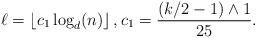
LaTeX: \begin{align*} \ell = \left\lfloor c_1 \log_d(n) \right\rfloor, c_1=\frac{(k/2-1)\wedge 1}{25}. \end{align*}